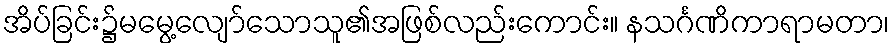
အိပ်ခြင်း၌မမွေ့လျော်သောသူ၏အဖြစ်လည်းကောင်း။ နသင်္ဂဏိကာရာမတာ၊